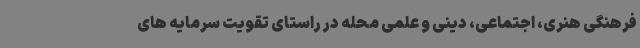
فرهنگی هنری، اجتماعی، دینی و علمی محله در راستای تقویت سرمایه های